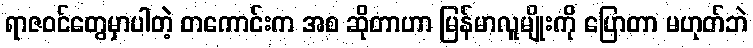
ရာဇဝင်တွေမှာပါတဲ့ တကောင်းက အစ ဆိုတာဟာ မြန်မာလူမျိုးကို ပြောတာ မဟုတ်ဘဲ